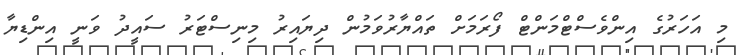
މި އަހަރުގެ އިންވެސްޓްމަންޓް ފޯރަމަށް ތައްޔާރުވަމުން ދިޔައިރު މިނިސްޓަރު ސައީދު ވަނީ އިންޑިޔާ